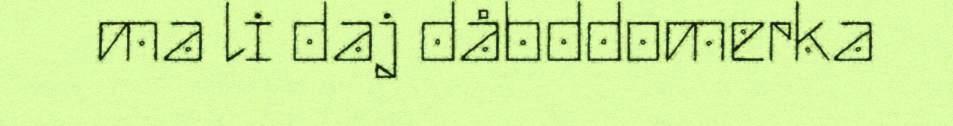
ma li daj dåbddomerka